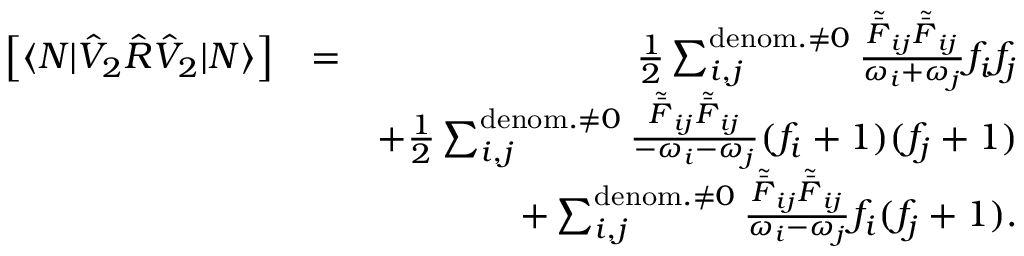
\begin{array} { r l r } { \left[ \langle N | \hat { V } _ { 2 } \hat { R } \hat { V } _ { 2 } | N \rangle \right] } & { = } & { \frac { 1 } { 2 } \sum _ { i , j } ^ { { \mathrm { d e n o m . } \neq 0 } } \frac { \tilde { \bar { F } } _ { i j } \tilde { \bar { F } } _ { i j } } { \omega _ { i } + \omega _ { j } } f _ { i } f _ { j } } \\ & { } & { + \frac { 1 } { 2 } \sum _ { i , j } ^ { { \mathrm { d e n o m . } \neq 0 } } \frac { \tilde { \bar { F } } _ { i j } \tilde { \bar { F } } _ { i j } } { - \omega _ { i } - \omega _ { j } } ( f _ { i } + 1 ) ( f _ { j } + 1 ) } \\ & { } & { + \sum _ { i , j } ^ { \mathrm { d e n o m . } \neq 0 } \frac { \tilde { \bar { F } } _ { i j } \tilde { \bar { F } } _ { i j } } { \omega _ { i } - \omega _ { j } } f _ { i } ( f _ { j } + 1 ) . } \end{array}